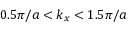
0 . 5 \pi / a < k _ { x } < 1 . 5 \pi / a